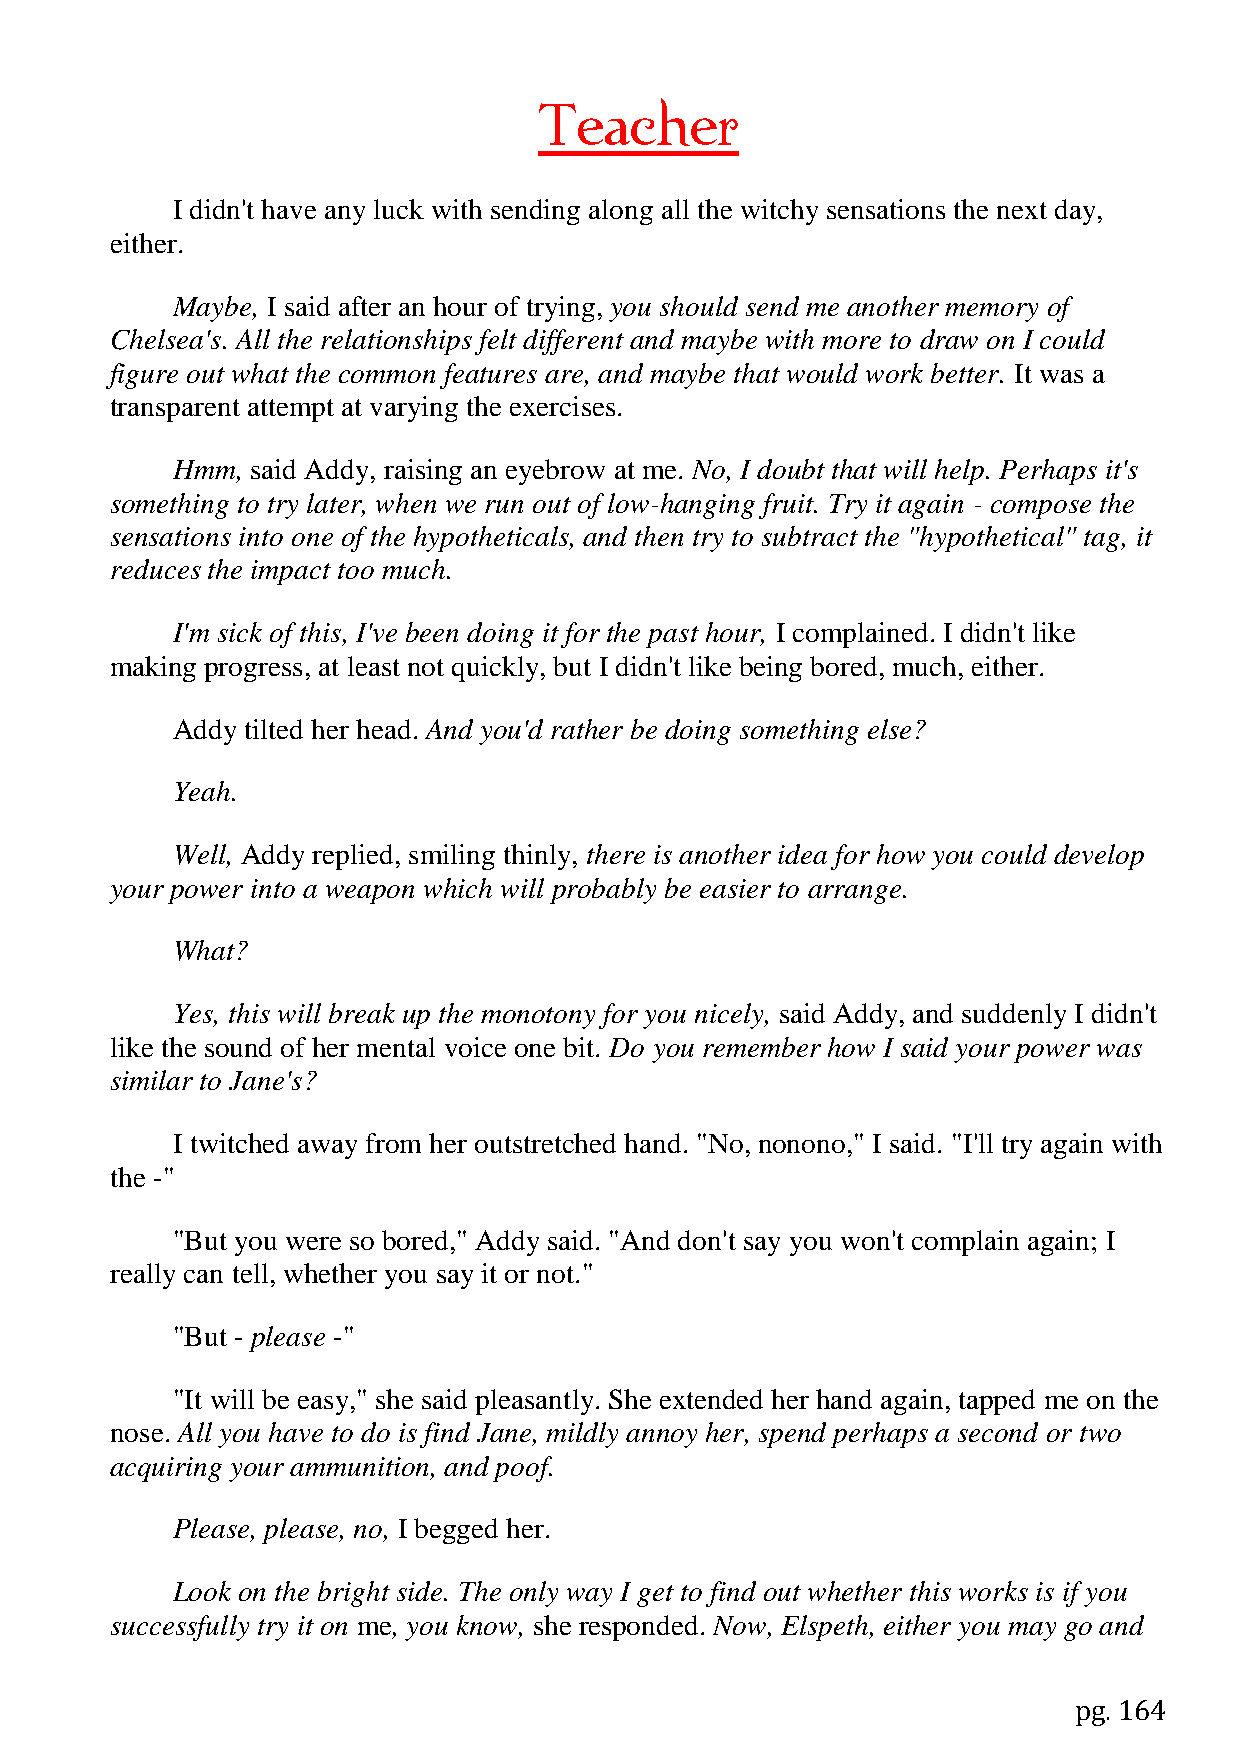
Teacher
 I didn't have any luck with sending along all the witchy sensations the next day,
 either.
 Maybe, I said after an hour of trying, you should send me another memory of
 Chelsea's. All the relationships felt different and maybe with more to draw on I could
 figure out what the common features are, and maybe that would work better. It was a
 transparent attempt at varying the exercises.
 Hmm,  said Addy, raising an eyebrow at me. No, I doubt that will help. Perhaps it's
 something to try later, when we run out of low-hanging fruit. Try it again - compose the
 sensations into one of the hypotheticals, and then try to subtract the "hypothetical" tag, it
 reduces the impact too much.
 I'm sick of this, I've been doing it for the past hour, I complained. I didn't like
 making progress, at least not quickly, but I didn't like being bored, much, either.
 Addy tilted her head. And you'd rather be doing something else?
 Yeah.
 Well, Addy replied, smiling thinly, there is another idea for how you could develop
 your power into a weapon which will probably be easier to arrange.
 What?
 Yes, this will break up the monotony for you nicely, said Addy, and suddenly I didn't
 like the sound of her mental voice one bit. Do you remember how I said your power was
 similar to Jane's?
 I twitched away from her outstretched hand. "No, nonono," I said. "I'll try again with
 the -"
 "But you were so bored," Addy said. "And don't say you won't complain again; I
 really can tell, whether you say it or not."
 "But - please -"
 "It will be easy," she said pleasantly. She extended her hand again, tapped me on the
 nose. All you have to do is find Jane, mildly annoy her, spend perhaps a second or two
 acquiring your ammunition, and poof.
 Please, please, no, I begged her.
 Look on the bright side. The only way I get to find out whether this works is if you
 successfully try it on me, you know, she responded. Now, Elspeth, either you may go and
 pg. 164